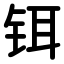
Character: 铒